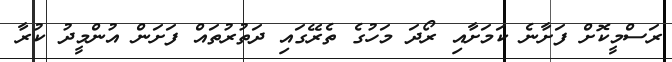
ރަސްމީކޮށް ފަށާނެ ކަމަށާއި ރޯދަ މަހުގެ ތެރޭގައި ދަތުރުތައް ފަށަން އުންމީދު ކުރާ